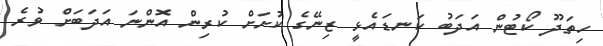
ހިތަދޫ ކޯޓުން އަދަބު ކަނޑައެޅީ ޒިނޭގެ ކުށަށް ކުރިން އޮންނަ އަދަބަށް ވުރެ